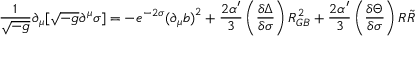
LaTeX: { \frac { 1 } { \sqrt { - g } } } \partial _ { \mu } [ \sqrt { - g } \partial ^ { \mu } \sigma ] = - e ^ { - 2 \sigma } { ( { \partial } _ { \mu } b ) } ^ { 2 } + { \frac { 2 \alpha ^ { \prime } } { 3 } } \left( { \frac { \delta \Delta } { \delta \sigma } } \right) { \cal { R } } _ { G B } ^ { 2 } + { \frac { 2 \alpha ^ { \prime } } { 3 } } \left( { \frac { \delta \Theta } { \delta \sigma } } \right) { \cal { R } } { \tilde { \cal { R } } } \,